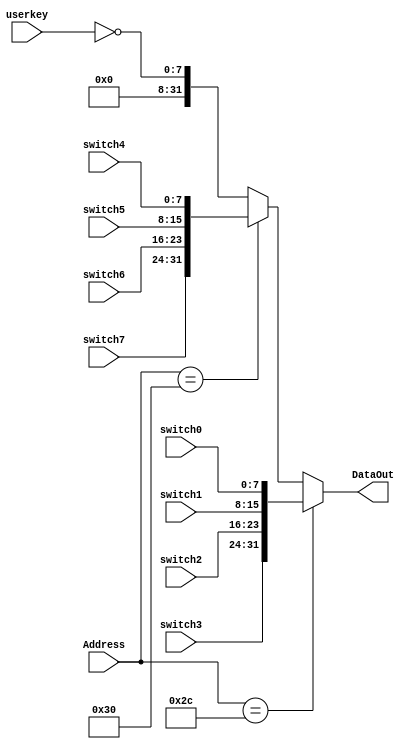
`timescale 1ns / 1ps
//////////////////////////////////////////////////////////////////////////////////
// Company: 
// Engineer: 
// 
// Design Name: 
// Module Name:    SwitchReceiver 
// Project Name: 
// Target Devices: 
// Tool versions: 
// Description: 
//
// Dependencies: 
//
// Revision: 
// Revision 0.01 - File Created
// Additional Comments: 
//
//////////////////////////////////////////////////////////////////////////////////
module SwitchReceiver(
    input [7:0] switch0,
    input [7:0] switch1,
    input [7:0] switch2,
    input [7:0] switch3,
    input [7:0] switch4,
    input [7:0] switch5,
    input [7:0] switch6,
    input [7:0] switch7,
	 input [7:0] userkey,
    input [7:0] Address,
    output [31:0] DataOut
    );
	 // 
	 wire [31:0] S1;
	 wire [31:0] S2;
	 wire [31:0] S3;
	 
	 assign S1 = {switch3,switch2,switch1,switch0};
	 assign S2 = {switch7,switch6,switch5,switch4};
	 assign S3 = {24'b0,~userkey};
	 
	 assign DataOut = (Address == 8'h2c) ? S1 : 
							(Address == 8'h30) ? S2 : 
										  S3;

endmodule